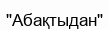
"Абақтыдан"